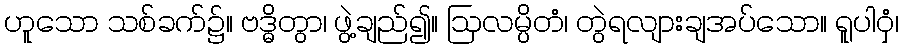
ဟူသော သစ်ခက်၌။ ဗဒ္ဓိတွာ၊ ဖွဲ့ချည်၍။ ဩလမ္ပိတံ၊ တွဲရလျားချအပ်သော။ ရူပါဝှံ၊